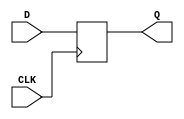
`timescale 1ns/1ps

module D_flipflop( D, CLK, Q);
    input D, CLK;
    output Q;
    reg Q;

    always @(posedge CLK)
        if (CLK)
            Q=D;

endmodule